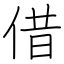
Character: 借